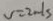
v = 2 m / s